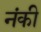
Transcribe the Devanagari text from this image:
नंकी